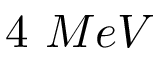
4 ~ M e V